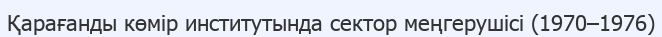
Қарағанды көмір институтында сектор меңгерушісі (1970–1976)